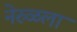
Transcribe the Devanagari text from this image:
नेरुळला